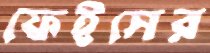
ফেইসের